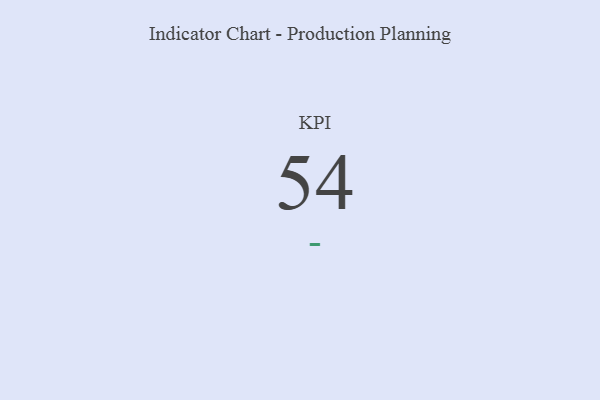
{"axis": {"x": "KPI", "y": "Value"}, "legend": [""], "data": [{"x": "KPI", "y": 54, "type": ""}]}